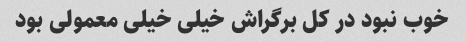
خوب نبود در کل برگراش خیلی خیلی معمولی بود